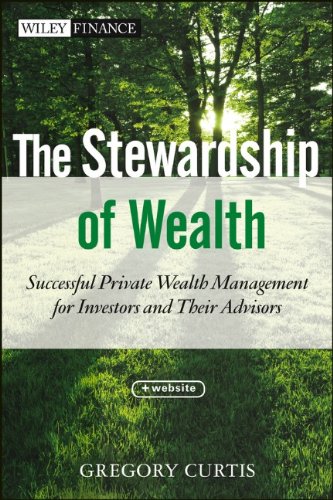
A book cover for The Stewardship of Wealth, + Website: Successful Private Wealth Management for Investors and Their Advisors; Gregory Curtis; Business & Money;